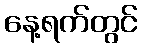
နေ့ရက်တွင်